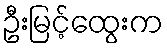
ဦးမြင့်ထွေးက